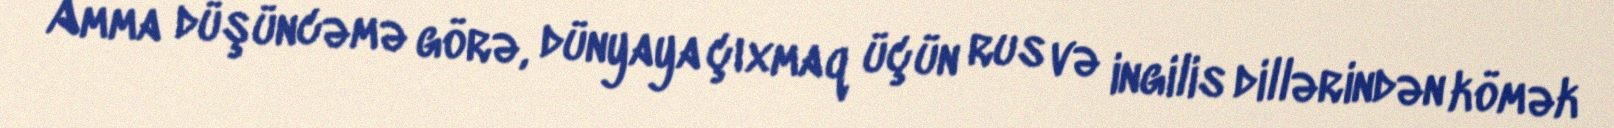
Amma düşüncəmə görə, dünyaya çıxmaq üçün rus və ingilis dillərindən kömək